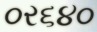
૦ર૬૪૦